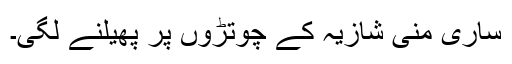
ساری منی شازیہ کے چوتڑوں پر پھیلنے لگی۔